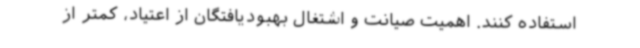
استفاده کنند. اهمیت صیانت و اشتغال بهبودیافتگان از اعتیاد، کمتر از